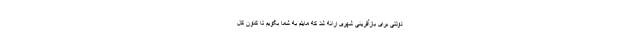
دولتی برای بازآفرینی شهری ارائه شد که مایلم به شما بگویم تا کنون کل